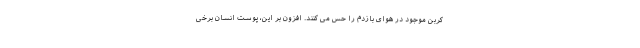
کربن موجود در هوای بازدم را حس می کنند. افزون بر این، پوست انسان برخی